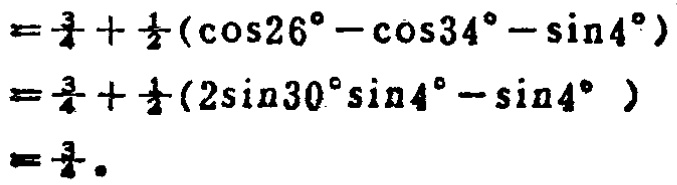
\[

\begin{align*}

&=\frac{3}{4}+\frac{1}{2}(\cos26^{\circ}-\cos34^{\circ}-\sin4^{\circ})\\

&=\frac{3}{4}+\frac{1}{2}(2\sin30^{\circ}\sin4^{\circ}-\sin4^{\circ})\\

&=\frac{3}{4}+\frac{1}{2}(2\sin30^{\circ}\sin4^{\circ}-\sin4^{\circ})\\

&=\frac{3}{4}.

\end{align*}

\]